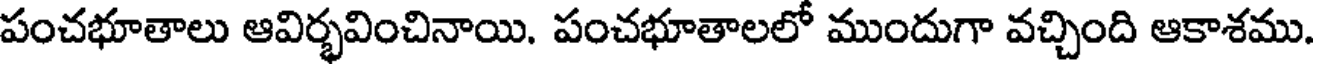
పంచభూతాలు ఆవిర్భవించినాయి. పంచభూతాలలో ముందుగా వచ్చింది ఆకాశము.